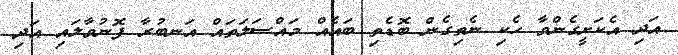
އަދި އެކަށީގެންވާ ހެކި ނެތިގެން ބޮޑެތި ބައެއް މައްސަލަތައް އަނބުރާ ފޮނުވާލައި އަދި